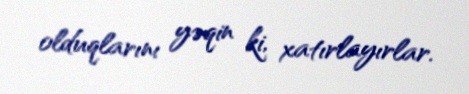
olduqlarını yəqin ki, xatırlayırlar.